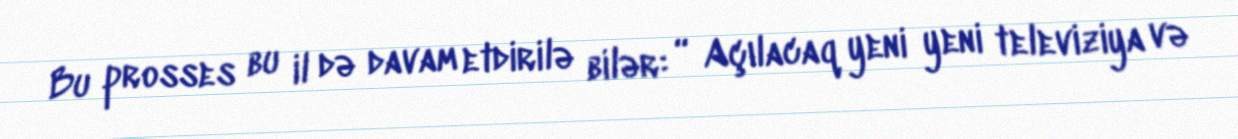
Bu prosses bu il də davam etdirilə bilər: “ Açılacaq yeni yeni televiziya və